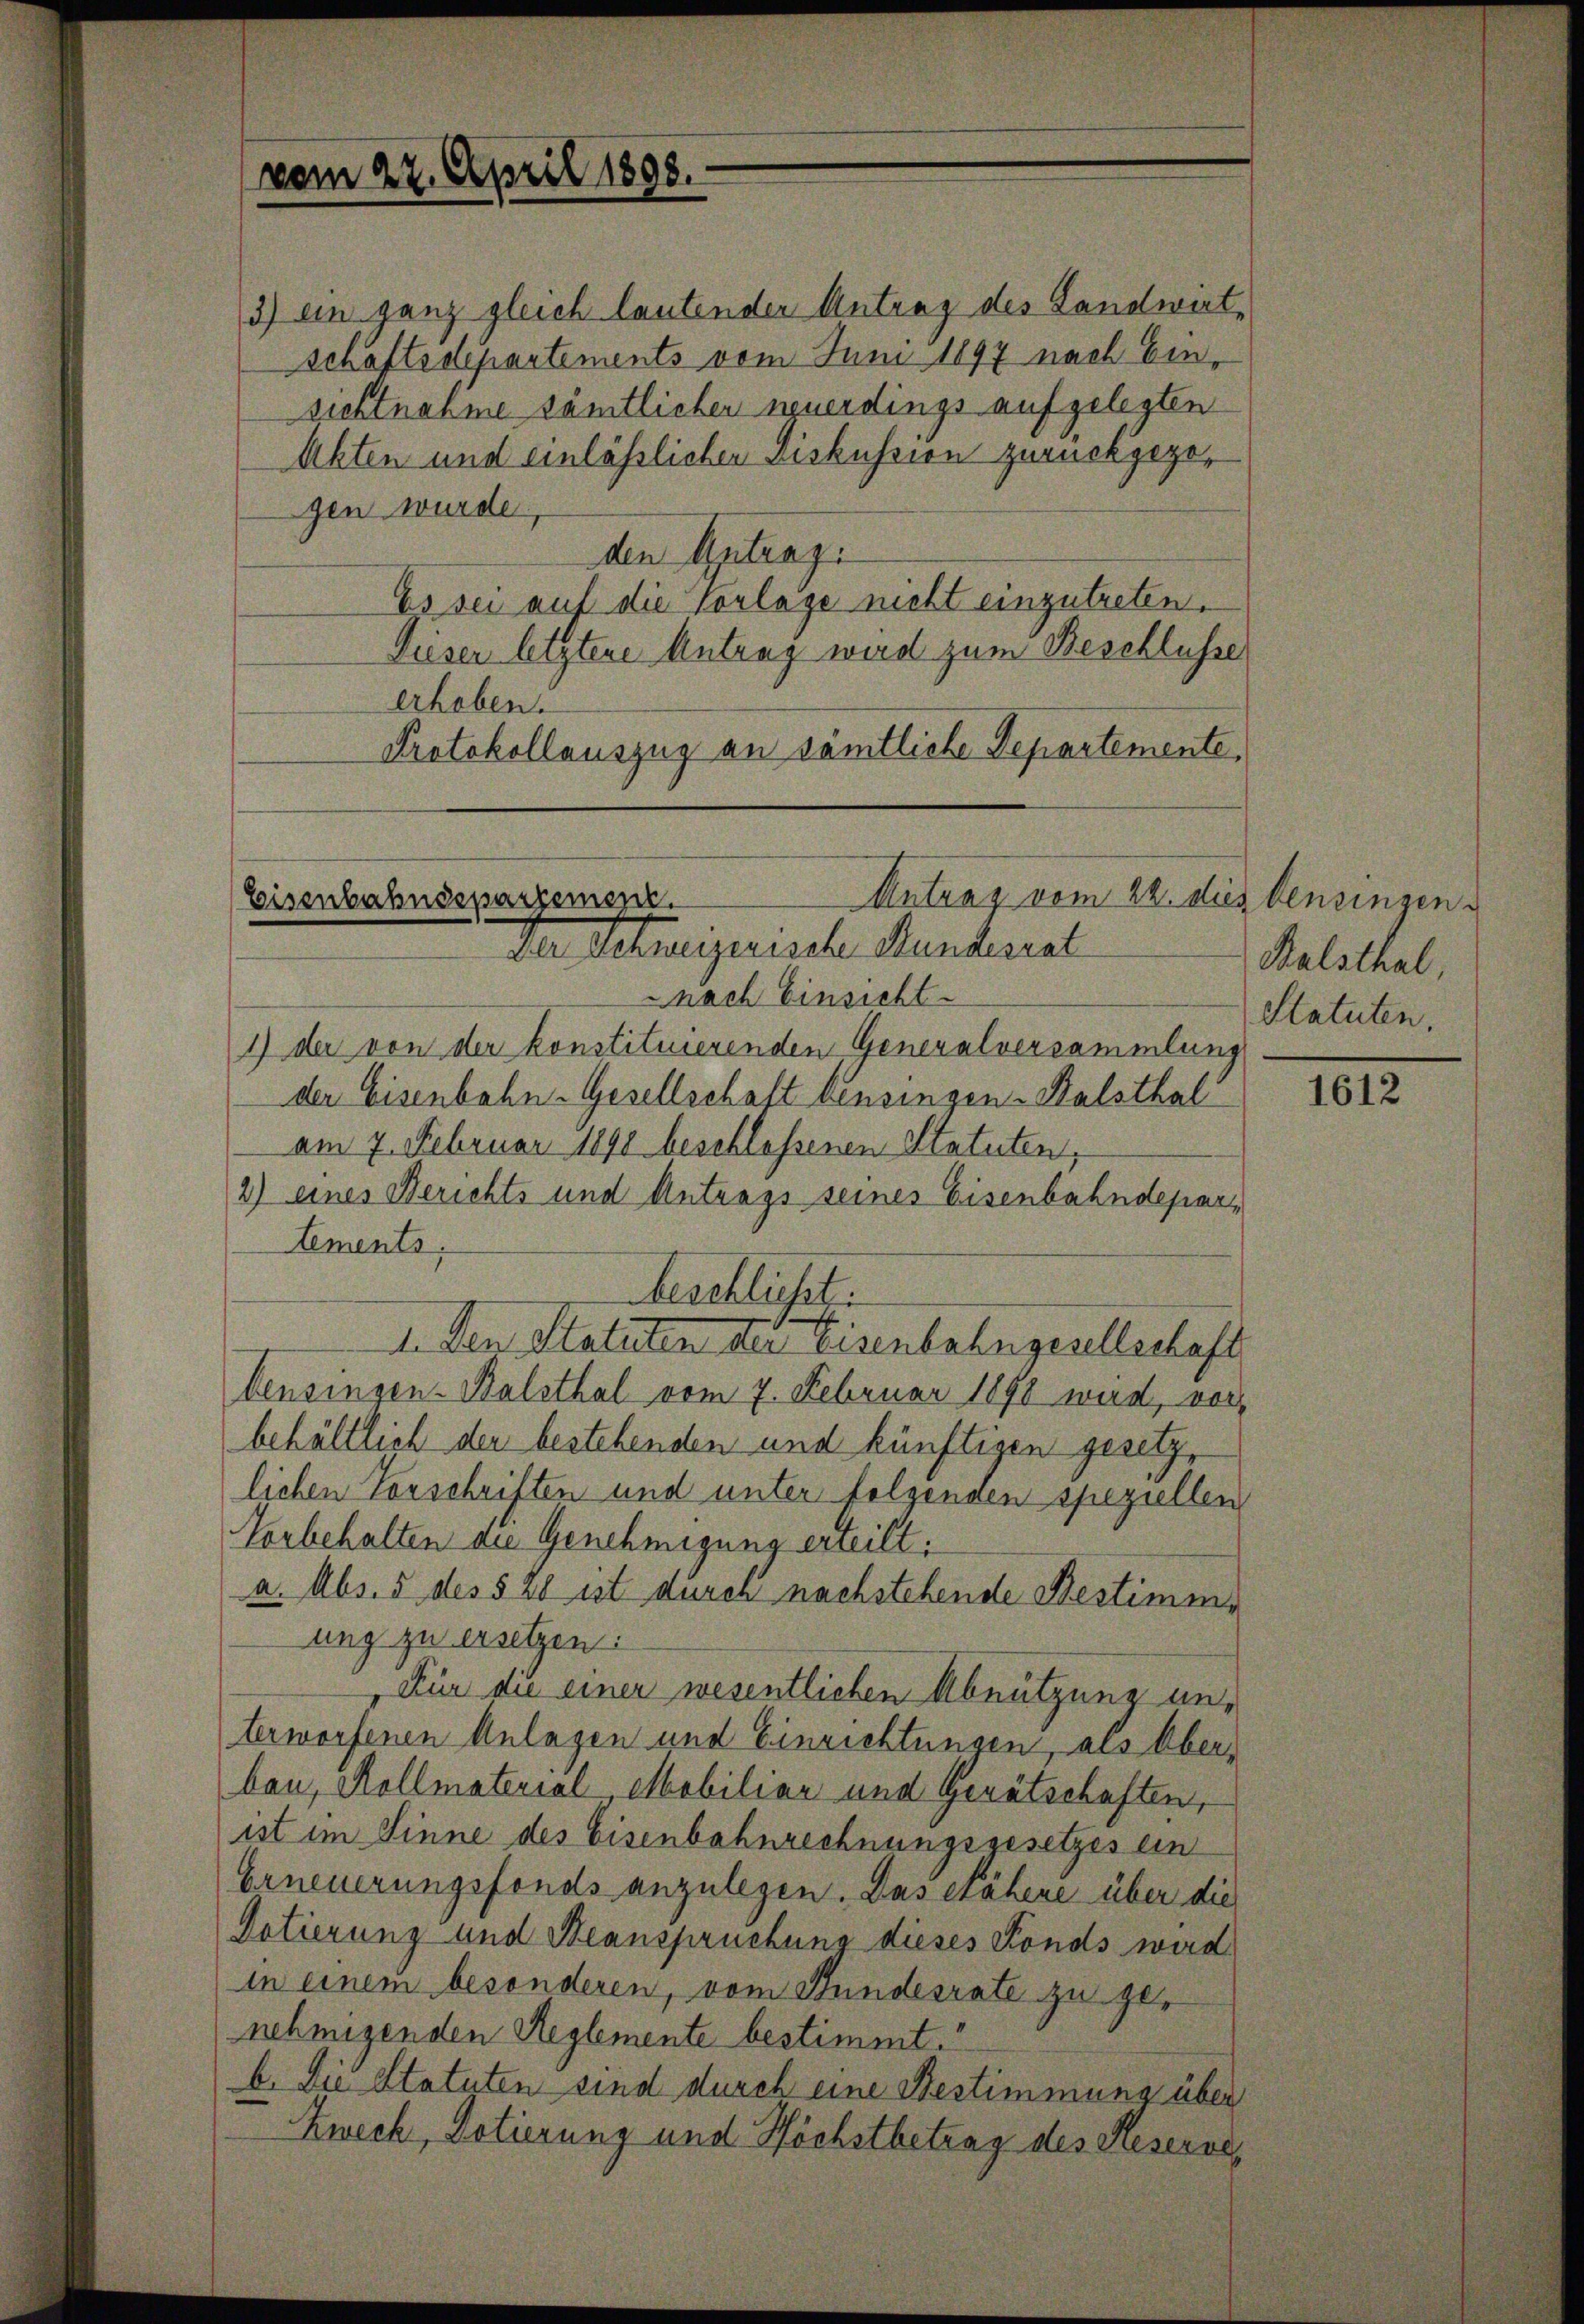
3) ein ganz gleich lautender Antrag des Landwirt-
schaftsdepartements vom Juni 1897 nach Einsichtnahme sämtlichen neuerdings aufgelegten
Akten und einlässlichen Diskussion zurückgezogen wurde.
den Antrag.
Es sei auf die Vorlage nicht einzutreten.
Dieser letztere Antrag wird zum Beschlüsse
erhoben.
Protokollauszug an sämtliche Departemente

Antrag vom 22. dies densingen
Eisenbahndepartement.
Der Setzeigenische Handerial

vom 22. April 1808.

beschließt:

Balsthal,
Statuten.

nach Einsicht.
1) der von der konstituierenden Generalversammlung
der Eisenbahn-Gesellschaft Einsingen-Balsthal
am 7. Februar 1890 beschlossenen Statuten,
2) eines Berichts und Antrags seines Eisenbahndepartements,
1. Den Statuten der Eisenbahngesellschaft
Censingen-Balsthal vom 7. Februar 1898 wird, vor
behältlich den bestehenden und künftigen gesetzlichen Vorschriften und unter folgenden speziellen
Vorbehalten an Genehmigung erteilt.
a. Abs. 5 des § 20 ist duren nachstehende Bestimme
ung zu ersetzen.
Für die einer wesentlichen Abnützung unterworfenen Anlagen und Einrichtungen, als Ober-
bau, Kollmaterial Mobiliar und Gerätschaften,
ist im Sinne des Eisenbahnrechnungsgesetzes ein
Erneuerungsfonds anzulegen. Das esahene über die
Dotierung und Beanspruchung dieses Fonds wird
in einem besonderen, vom Stundesrate zu genehmigenden Reglemente bestimmt.“
b. Die Statuten sind durch eine Bestimmung über
Zweck, Dotierung und Höchstbetrag des Reserve

1612